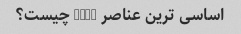
اساسی ترین عناصر HTML چیست؟